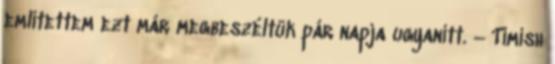
említettem ezt már megbeszéltük pár napja ugyanitt. – Timish